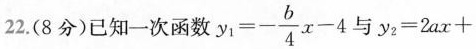
22.(8分)已知一次函数$$y _ { 1 } = -